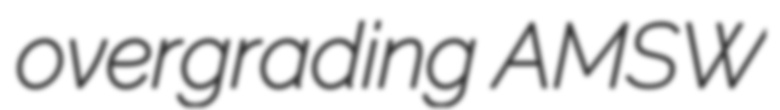
overgrading AMSW